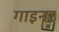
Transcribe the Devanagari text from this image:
गाइनर